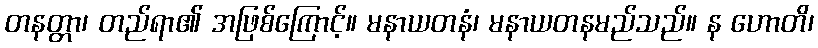
တနတ္တာ၊ တည်ရာ၏ အဖြစ်ကြောင့်။ မနာယတနံ၊ မနာယတနမည်သည်။ န ဟောတိ၊